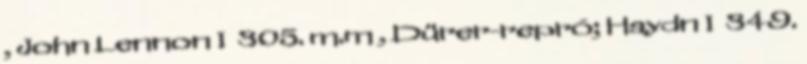
, John Lennon I 305. m.m , Dürer-repró; Haydn I 349.